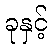
ခုနှင့်